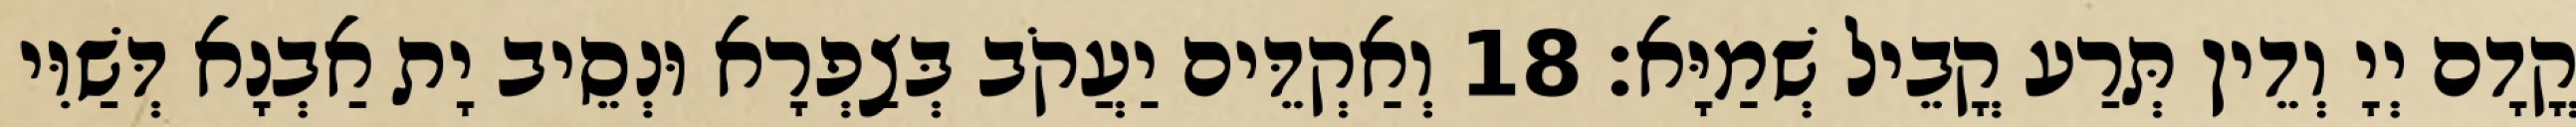
קֳדָם יְיָ וְדֵין תְּרַע קֳבֵיל שְׁמַיָּא׃ 18 וְאַקְדֵּים יַעֲקֹב בְּצַפְרָא וּנְסֵיב יָת אַבְנָא דְּשַׁוִּי